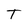
Character: T